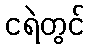
ငရဲတွင်